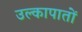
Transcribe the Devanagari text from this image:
उल्कापातों